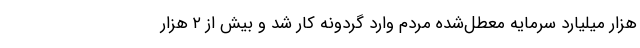
هزار میلیارد سرمایه‌ معطل‌شده مردم وارد گردونه کار شد و بیش از ۲ هزار